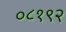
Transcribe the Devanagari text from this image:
०८१९२